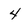
Character: 4